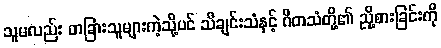
သူမလည်း တခြားသူများကဲ့သို့ပင် သီချင်းသံနှင့် ဂီတသံတို့၏ ညို့စားခြင်းကို